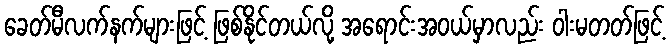
ခေတ်မီလက်နက်များဖြင့် ဖြစ်နိုင်တယ်လို့ အရောင်းအဝယ်မှာလည်း ဝါးမတတ်ဖြင့်